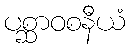
ပစ္ဆာဝစနီယံ